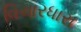
વિચારધારા